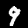
Digit: 9